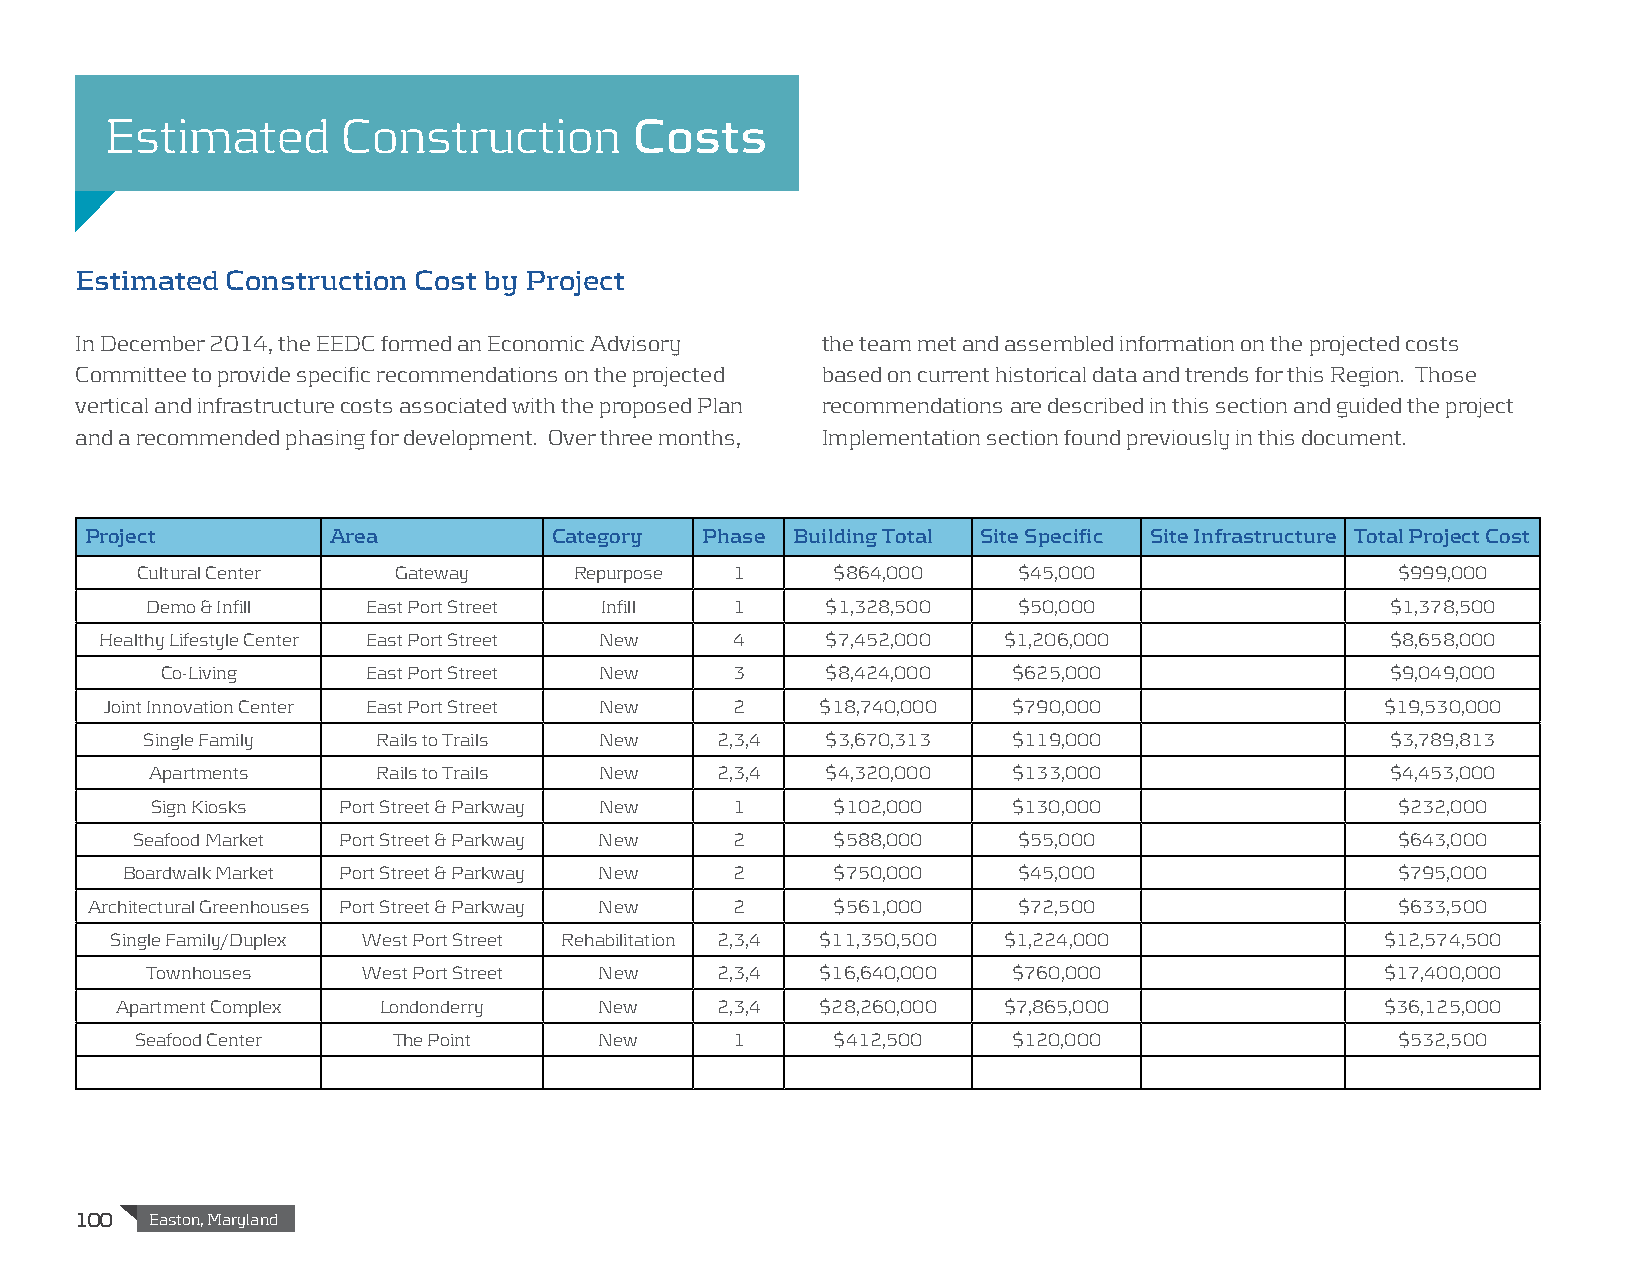
Estimated       Construction       Costs
 Estimated Construction Cost by Project
 In December 2014, the EEDC formed an Economic Advisory the team met and assembled information on the projected costs
 Committee to provide specific recommendations on the projected based on current historical data and trends for this Region. Those
 vertical and infrastructure costs associated with the proposed Plan recommendations are described in this section and guided the project
 and a recommended phasing for development. Over three months, Implementation section found previously in this document.
 Project         Area           Category Phase Building Total Site Specific Site Infrastructure Total Project Cost
 Cultural Center  Gateway     Repurpose 1      $864,000    $45,000                  $999,000
 Demo & Infill East Port Street Infill 1      $1,328,500  $50,000                  $1,378,500
 Healthy Lifestyle Center East Port Street New 4 $7,452,000 $1,206,000                $8,658,000
 Co-Living    East Port Street New    3      $8,424,000  $625,000                 $9,049,000
 Joint Innovation Center East Port Street New 2 $18,740,000  $790,000                 $19,530,000
 Single Family   Rails to Trails New   2,3,4   $3,670,313  $119,000                 $3,789,813
 Apartments     Rails to Trails New   2,3,4   $4,320,000  $133,000                 $4,453,000
 Sign Kiosks Port Street & Parkway New 1      $102,000    $130,000                 $232,000
 Seafood Market Port Street & Parkway New 2    $588,000    $55,000                  $643,000
 Boardwalk Market Port Street & Parkway New 2   $750,000    $45,000                  $795,000
 Architectural Greenhouses Port Street & Parkway New 2 $561,000 $72,500                $633,500
 Single Family/Duplex West Port Street Rehabilitation 2,3,4 $11,350,500 $1,224,000    $12,574,500
 Townhouses    West Port Street New   2,3,4  $16,640,000  $760,000                 $17,400,000
 Apartment Complex Londonderry   New    2,3,4  $28,260,000 $7,865,000                $36,125,000
 Seafood Center   The Point     New     1      $412,500    $120,000                 $532,500
 100  Easton, Maryland